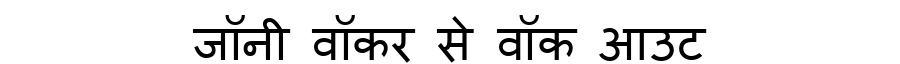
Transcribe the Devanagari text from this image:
जॉनी वॉकर से वॉक आउट